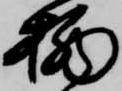
栖